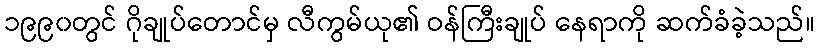
၁၉၉၀တွင် ဂိုချုပ်တောင်မှ လီကွမ်ယု၏ ဝန်ကြီးချုပ် နေရာကို ဆက်ခံခဲ့သည်။